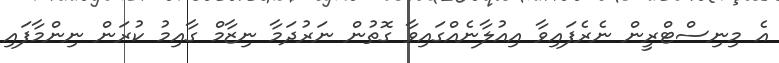
އެ މިނިސްޓްރީން ނެރެފައިވާ އިއުލާނެއްގައިވާ ގޮތުން ނަރުދަމާ ނިޒާމް ގާއިމު ކުރަން ނިންމާފައި